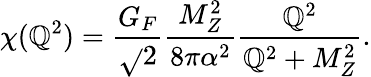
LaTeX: \chi(\mathbb{Q}^{2})=\frac{{G_{F}}}{{\sqrt{}{{2}}}}\frac{{M_{Z}^{2}}}{{8\pi\alpha^{2}}}\frac{{\mathbb{Q}^{2}}}{{\mathbb{Q}^{2}+M_{Z}^{2}}}.